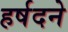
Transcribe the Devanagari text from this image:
हर्षदने